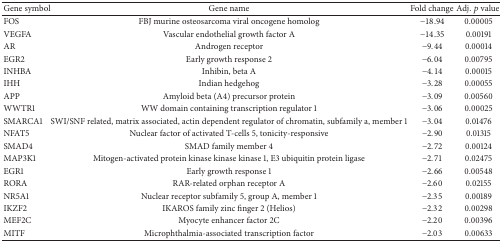
<table><thead><tr><td><b>Gene symbol</b></td><td><b>Gene name</b></td><td><b>Fold change</b></td><td><b>Adj. <i>p</i> value</b></td></tr></thead><tbody><tr><td>FOS</td><td> FBJ murine osteosarcoma viral oncogene homolog</td><td>−18.94</td><td>0.00005</td></tr><tr><td>VEGFA</td><td> Vascular endothelial growth factor A</td><td>−14.35</td><td>0.00191</td></tr><tr><td>AR</td><td> Androgen receptor</td><td> − 9.44</td><td>0.00014</td></tr><tr><td>EGR2</td><td> Early growth response 2</td><td> − 6.04</td><td>0.00795</td></tr><tr><td>INHBA</td><td> Inhibin, beta A</td><td> − 4.14</td><td>0.00015</td></tr><tr><td>IHH</td><td> Indian hedgehog</td><td> − 3.28</td><td>0.00055</td></tr><tr><td>APP</td><td> Amyloid beta (A4) precursor protein</td><td> − 3.09</td><td>0.00560</td></tr><tr><td>WWTR1</td><td> WW domain containing transcription regulator 1</td><td> − 3.06</td><td>0.00025</td></tr><tr><td>SMARCA1</td><td> SWI/SNF related, matrix associated, actin dependent regulator of chromatin, subfamily a, member 1</td><td> − 3.04</td><td>0.01476</td></tr><tr><td>NFAT5</td><td> Nuclear factor of activated T-cells 5, tonicity-responsive</td><td> − 2.90</td><td>0.01315</td></tr><tr><td>SMAD4</td><td> SMAD family member 4</td><td> − 2.72</td><td>0.00124</td></tr><tr><td>MAP3K1</td><td> Mitogen-activated protein kinase kinase kinase 1, E3 ubiquitin protein ligase</td><td> − 2.71</td><td>0.02475</td></tr><tr><td>EGR1</td><td> Early growth response 1</td><td> − 2.66</td><td>0.00548</td></tr><tr><td>RORA</td><td> RAR-related orphan receptor A</td><td> − 2.60</td><td>0.02155</td></tr><tr><td>NR5A1</td><td> Nuclear receptor subfamily 5, group A, member 1</td><td> − 2.35</td><td>0.00189</td></tr><tr><td>IKZF2</td><td> IKAROS family zinc finger 2 (Helios)</td><td> − 2.32</td><td>0.00298</td></tr><tr><td>MEF2C</td><td> Myocyte enhancer factor 2C</td><td> − 2.20</td><td>0.00396</td></tr><tr><td>MITF</td><td> Microphthalmia-associated transcription factor</td><td> − 2.03</td><td>0.00633</td></tr></tbody></table>